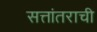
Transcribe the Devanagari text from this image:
सत्तांतराची